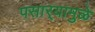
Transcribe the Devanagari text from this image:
पसार्‍यामुळे